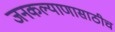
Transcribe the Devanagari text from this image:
जनकल्याणासाठीच